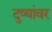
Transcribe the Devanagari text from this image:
दुव्यांवर